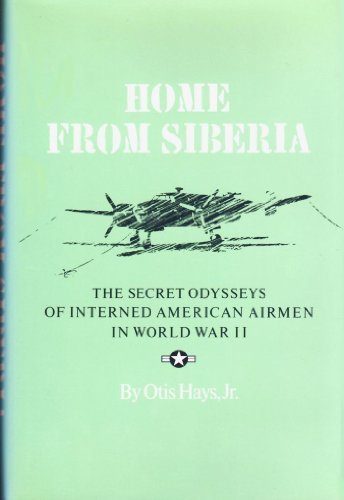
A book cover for Home from Siberia: The Secret Odysseys of Interned American Airmen in World War II (Texas A&M University Military History Series, 16); Otis Hays; History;